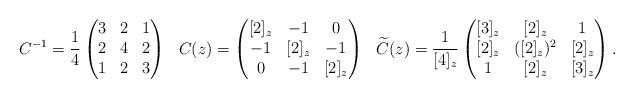
LaTeX: \begin{align*}C^{-1}&=\frac{1}{4}\begin{pmatrix}3&2&1\\ 2&4&2\\ 1&2&3\end{pmatrix}& C(z)&=\begin{pmatrix}[2]_z&-1&0\\ -1&[2]_z&-1\\ 0&-1&[2]_z\end{pmatrix}& \widetilde{C}(z)&=\frac{1}{[4]_z}\begin{pmatrix}[3]_z&[2]_z&1\\ [2]_z&([2]_z)^2&[2]_z\\ 1&[2]_z&[3]_z\end{pmatrix}.\end{align*}